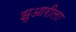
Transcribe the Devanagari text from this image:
झुआरीला